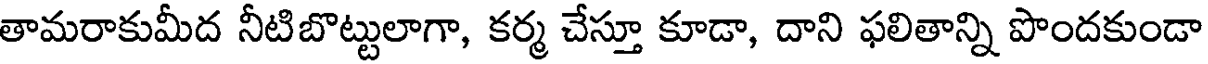
తామరాకుమీద నీటిబొట్టులాగా, కర్మ చేస్తూ కూడా, దాని ఫలితాన్ని పొందకుండా